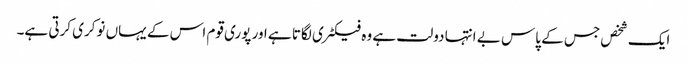
ایک شخص جس کے پاس بے انتہا دولت ہے وہ فیکٹری لگاتا ہے اور پوری قوم اس کے یہاں نوکری کرتی ہے۔